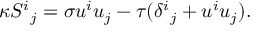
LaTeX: \kappa { S ^ { i } } _ { j } = \sigma u ^ { i } u _ { j } - \tau ( { \delta ^ { i } } _ { j } + u ^ { i } u _ { j } ) .